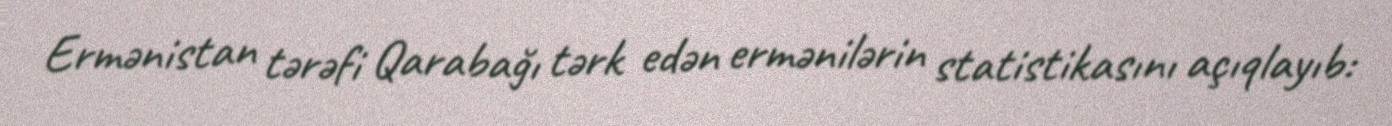
Ermənistan tərəfi Qarabağı tərk edən ermənilərin statistikasını açıqlayıb: